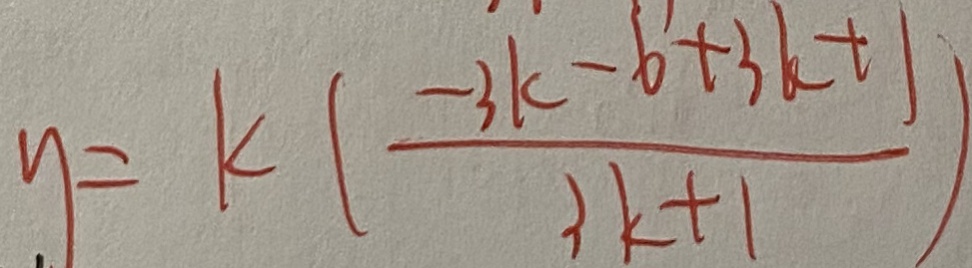
y = k ( \frac { - 3 k - b + 3 k + 1 } { 3 k + 1 } )